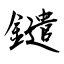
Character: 鑓